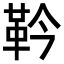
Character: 靲